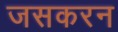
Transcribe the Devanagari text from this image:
जसकरन